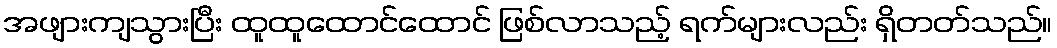
အဖျားကျသွားပြီး ထူထူထောင်ထောင် ဖြစ်လာသည့် ရက်များလည်း ရှိတတ်သည်။